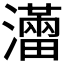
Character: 𤃐